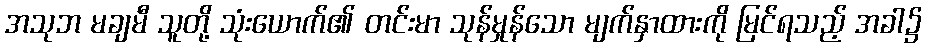
အသုဘ မချမီ သူတို့ သုံးယောက်၏ တင်းမာ သုန်မှုန်သော မျက်နှာထားကို မြင်ရသည့် အခါ၌